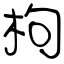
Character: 枸